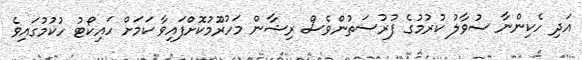
އަދި ހެކިންނާ ސުވާލު ކުރުމުގެ ފުރުސަތުންވެސް ރިޝާން މަހުރޫމުކޮށްފައިވާ ކަމަށް ހައިކޯޓު ހުކުމުގައިވެ